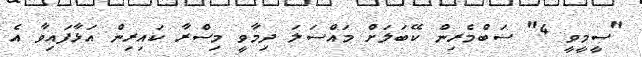
"ސީމީވީ 4" ސަބްމެރިން ކޭބަލަށް މައްސަލަ ދިމާވީ މިސްރާ ކައިރިން އަޅާފައިވާ އެ